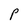
Character: p